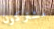
مشتركون